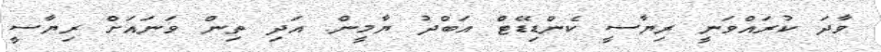
ވާދަ ކުރައްވަނީ ރިޔާސީ ކެންޑިޑޭޓް އަބްދު ޔާމީން. އަދި ތިން ވަނައަށް ރިޔާސީ